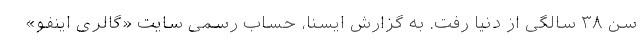
سن ۳۸ سالگی از دنیا رفت. به گزارش ایسنا، حساب رسمی سایت «گالری اینفو»